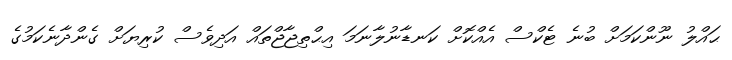
ޙައްލު ނޫންކަމަށް ބުނެ ޓެކްސް އެއްކޮށް ކަނޑާނުލާނަމަ އިޙްތިޖާޖްތައް އަދިވެސް ކުރިޔަށް ގެންދާނެކަމުގެ